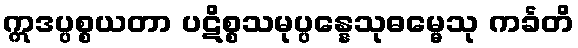
ဣဒပ္ပစ္စယတာ ပဋိစ္စသမုပ္ပန္နေသုဓမ္မေသု ကင်္ခတိ